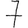
Digit: 7